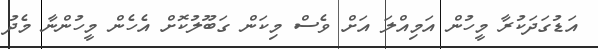
އަޑުގަދަކުރާ މީހުން އަމިއްލަ އަށް ވެސް މިކަން ގަބޫލުކޮށް އެހެން މީހުންނާ މެދު